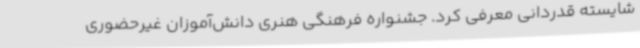
شایسته قدردانی معرفی کرد. جشنواره فرهنگی هنری دانش‌آموزان غیرحضوری